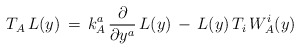
\begin{align*}T_A \, L(y) \, = \, k^a_A \, \frac{\partial}{\partial y^a} \, L(y)\,- \, L(y) \, T_i \, W_A^i(y)\end{align*}